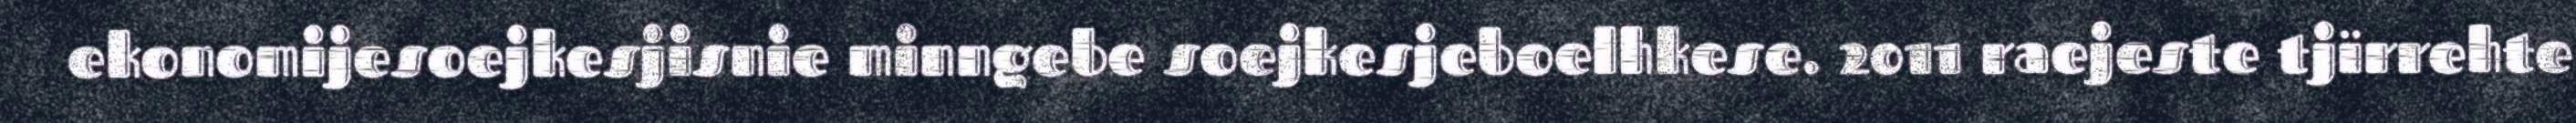
ekonomijesoejkesjisnie minngebe soejkesjeboelhkese. 2011 raejeste tjïrrehte